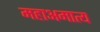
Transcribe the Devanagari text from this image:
महाअमात्य